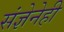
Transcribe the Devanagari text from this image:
संज्ञेनेही